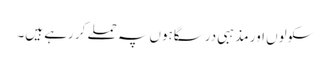
سکولوں اور مذہبی درسگاہوں پہ حملے کر رہے ہیں۔